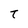
Character: T